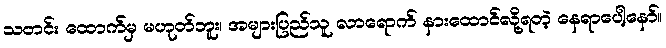
သတင်း ထောက်မှ မဟုတ်ဘူး၊ အများပြည်သူ လာရောက် နားထောင်လို့ရတဲ့ နေရာပေါ့နော်။